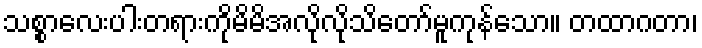
သစ္စာလေးပါးတရားကိုမိမိအလိုလိုသိတော်မူကုန်သော။ တထာဂတာ၊